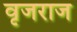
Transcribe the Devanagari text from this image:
वृजराज